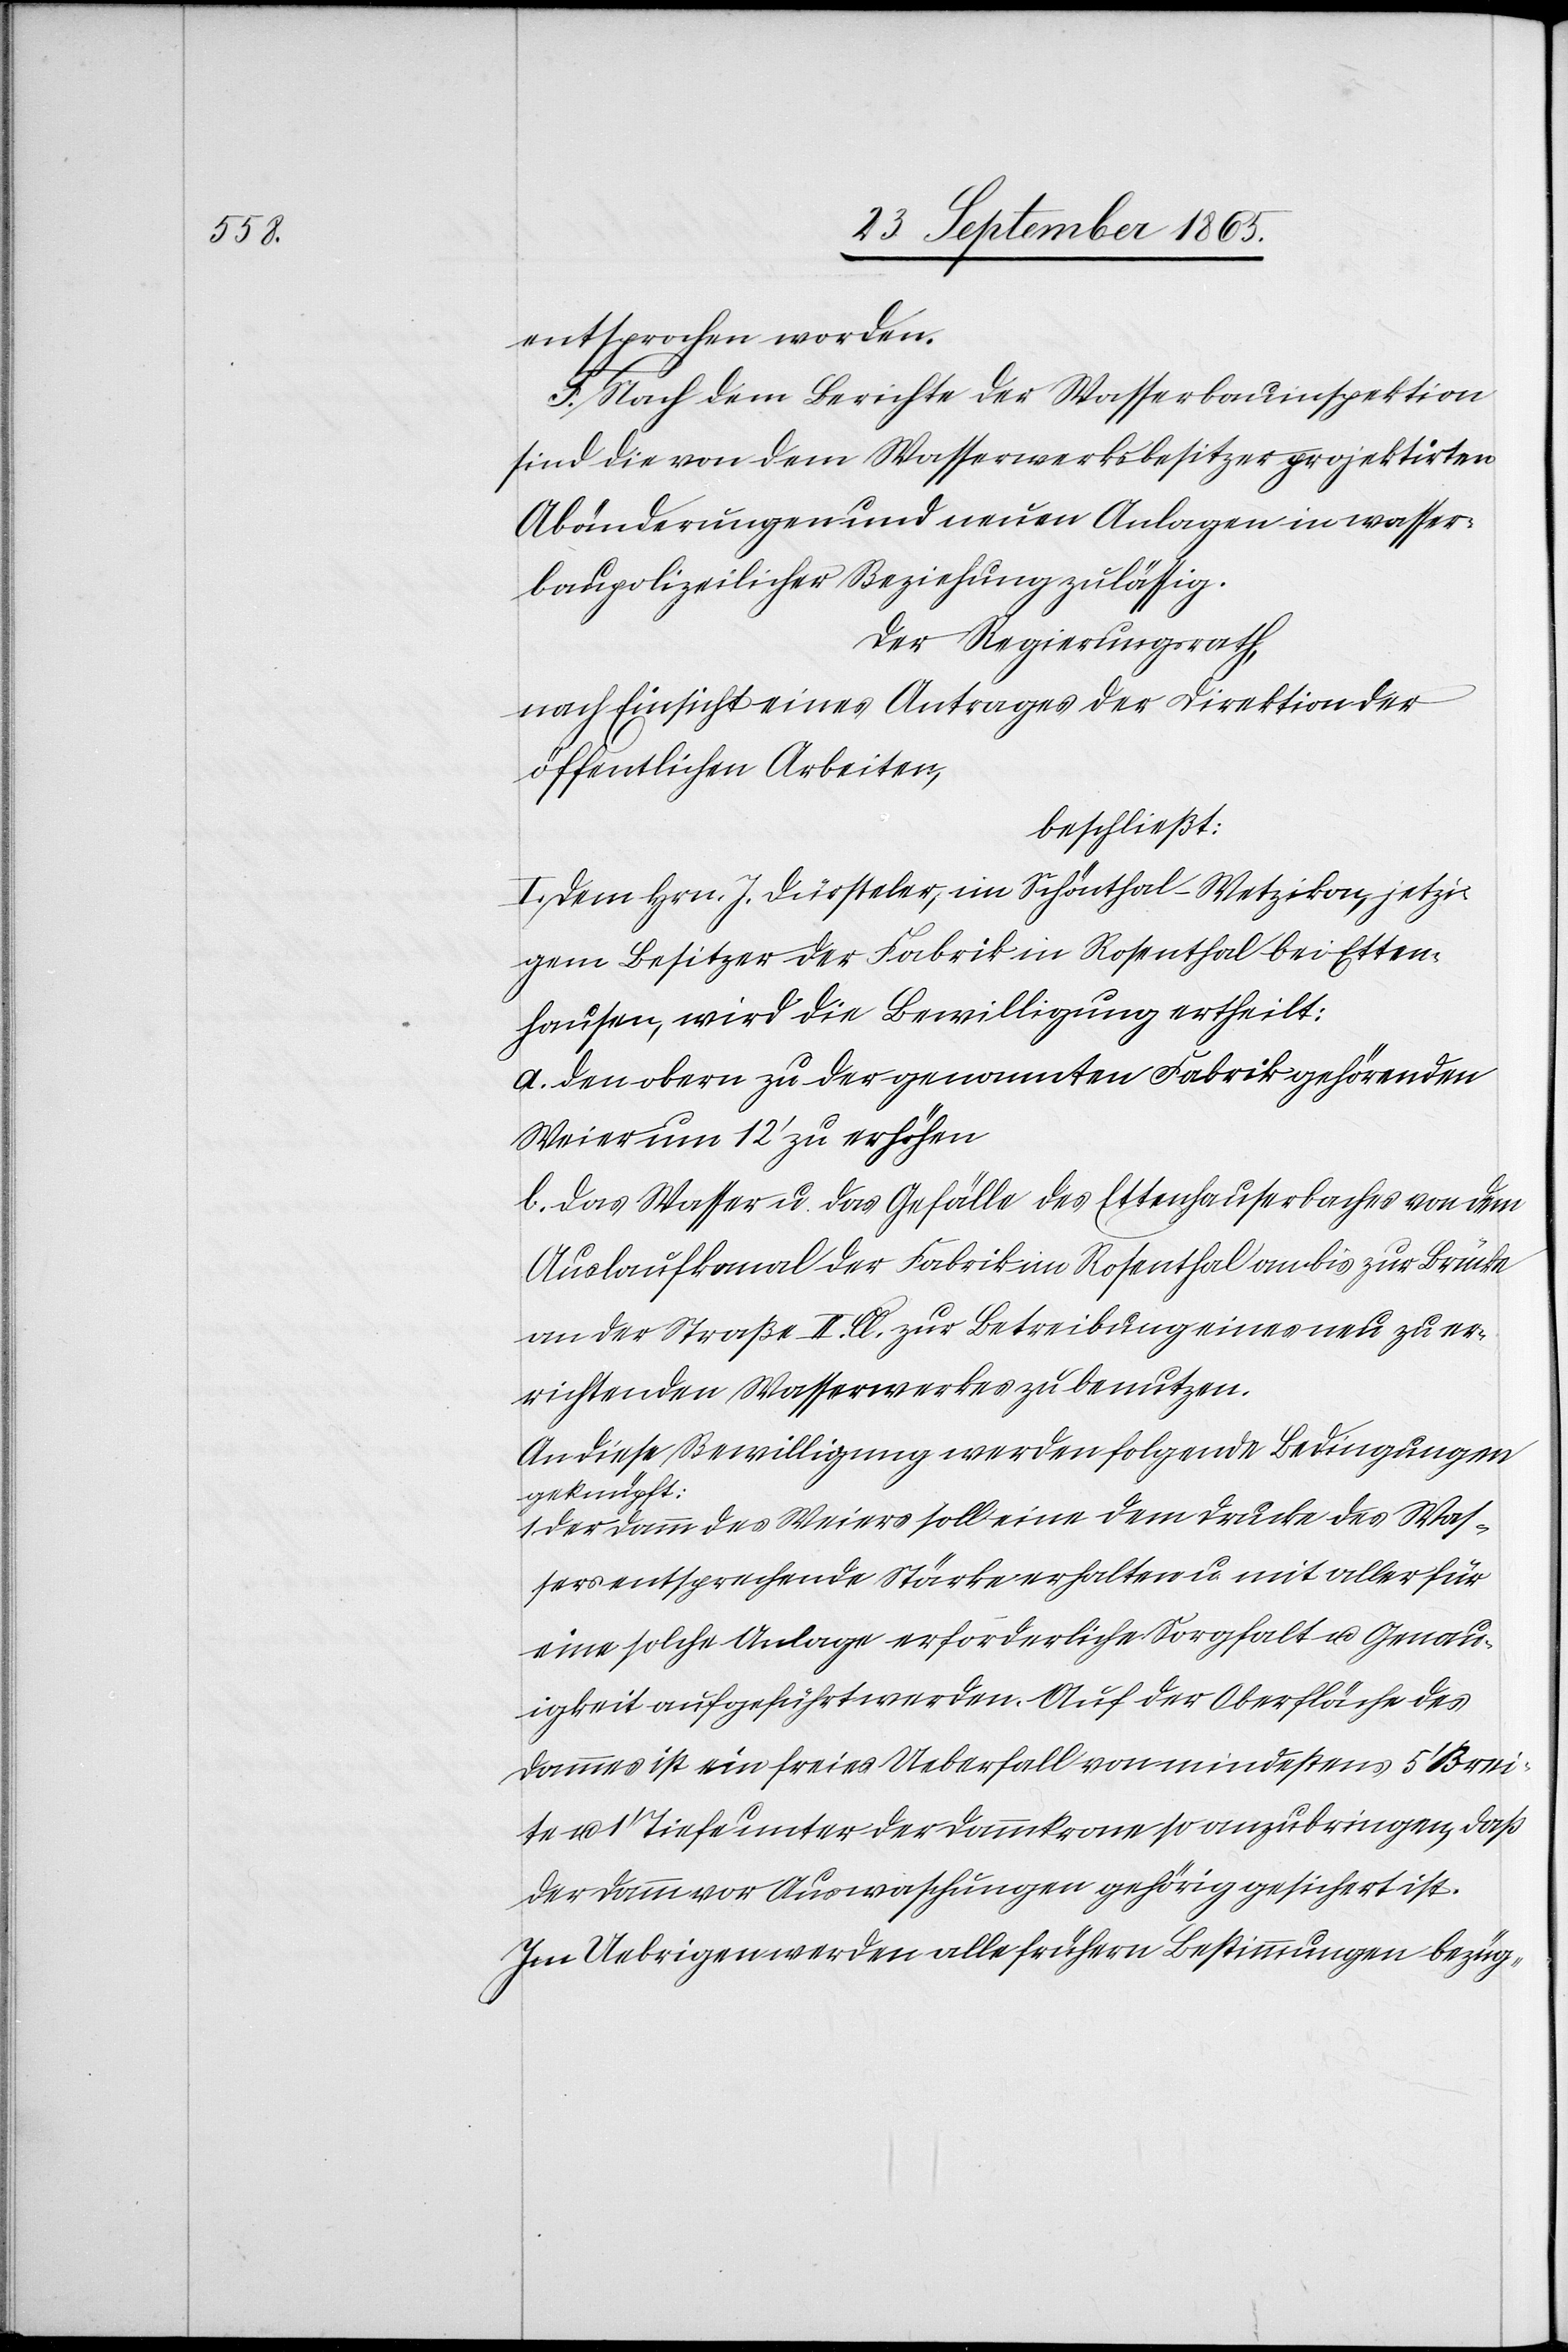
entsprochen worden.
F. Nach dem Berichte der Wasserbauinspektion
sind die von dem Wasserwerkbesitzer projektirten
Abänderungen und neuen Anlagen in wasser¬
baupolizeilicher Beziehung zulässig.
Der Regierungsrath,
nach Einsicht eines Antrages der Direktion der
öffentlichen Arbeiten,
beschließt:
I. Dem Hrn. J. Dürsteler, im Schönthal-Wetzikon, jetzi¬
gem Besitzer der Fabriken Rosenthal bei Etten¬
hausen, wird die Bewilligung ertheilt:
a. den obern zu der genannten Fabrik gehörenden
Weier um 12’ zu erhöhen
b. das Wasser u. das Gefälle des Ettenhauserbaches von dem
Auslaufkanal der Fabrik im Rosenthal bis zur Brücke
an der Straße II. Cl. zur Betreibung eines neu zu er¬
richtenden Wasserwerkes zu benutzen.
An diese Bewilligung werden folgende Bedingungen
geknüpft:
1. Der Damm des Weiers soll eine dem Drucke des Was¬
sers entsprechende Stärke erhalten u. mit aller für
eine solche Anlage erforderliche Sorgfalt u. Genau¬
igkeit aufgeführt werden. Auf der Oberfläche des
Dammes ist ein freies Ueberfall von mindestens 5’ Brei¬
te u. 1’ Tiefe unter der Dammkrone so anzubringen, daß
der Damm vor Auswaschungen gehörig gesichert ist.
Im Uebrigen werden alle frühern Bestimmungen bezüg-